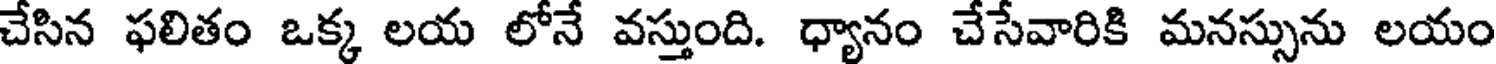
చేసిన ఫలితం ఒక్క లయ లోనే వస్తుంది. ధ్యానం చేసేవారికి మనస్సును లయం